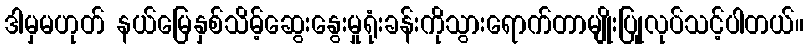
ဒါမှမဟုတ် နယ်မြေနှစ်သိမ့်ဆွေးနွေးမှုရုံးခန်းကိုသွားရောက်တာမျိုးပြုုလုပ်သင့်ပါတယ်။